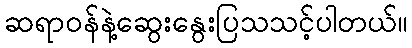
ဆရာဝန်နဲ့ဆွေးနွေးပြသသင့်ပါတယ်။